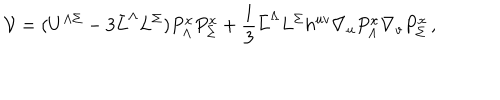
{ \cal V } = ( U ^ { \Lambda \Sigma } - 3 \bar { L } ^ { \Lambda } L ^ { \Sigma } ) P _ { \Lambda } ^ { x } P _ { \Sigma } ^ { x } + \frac 1 3 \bar { L } ^ { \Lambda } L ^ { \Sigma } h ^ { u v } \nabla _ { u } P _ { \Lambda } ^ { x } \nabla _ { v } P _ { \Sigma } ^ { x } \, ,